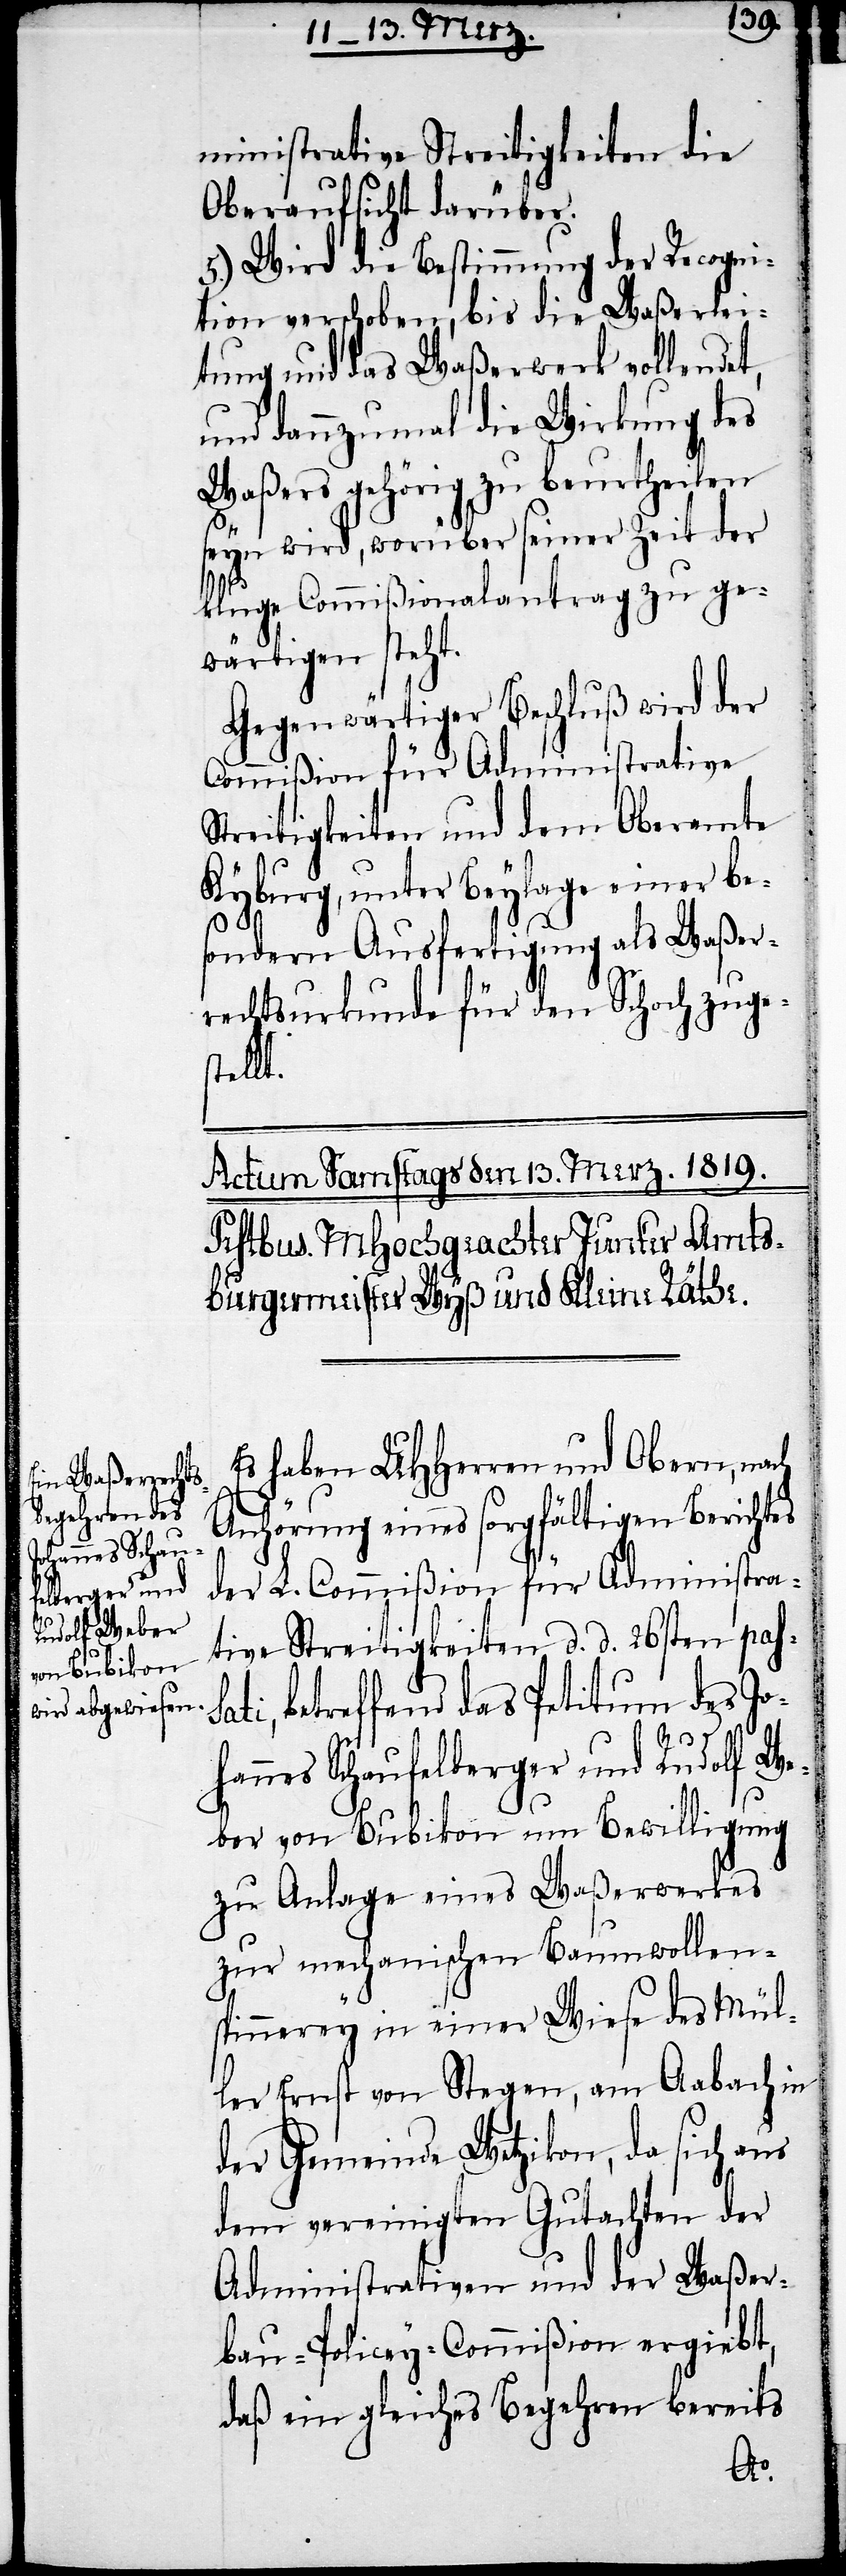
ministrative Streitigkeiten die
Oberaufsicht darüber.
5.) Wird die Bestimmung der Recogni¬
tion verschoben, bis die Waßerlei¬
tung und das Waßerwerk vollendet,
und dannzumal die Wirkung des
Waßers gehörig zu beurtheilen
seyn wird, worüber seiner Zeit der
kluge Commißionalantrag zu ge¬
wärtigen steht.
Gegenwärtiger Beschluß wird der
Commißion für Administrative
Streitigkeiten und dem Oberamte
Kyburg, unter Beylage einer be¬
sondern Ausfertigung als Waßer¬
rechtsurkunde für den Schoch zuge¬
stellt.
Es haben UHHerren und Obern, nach
Anörung eines sorgältigen Berichtes
der L. Commißion für Administra¬
tive Streitigkeiten d. d. 26ten pas¬
ti, betreffend das Petitum des Jo¬
hannes Schaufelberger und Rudolf We¬
ber von Bubikon um Bewilligung
zu Anlage eines Waßerwerkes
zur mechanischen Baumwollen¬
spinnerey in einer Wiese des Mül¬
ler Ernst von Stegen, am Aabach in
der Gemeinde Wetzikon, da sich aus
dem vereinigten Gutachten der
Administrativen und der Waßer¬
bau-Policey-Commißion ergiebt,
daß ein gleiches Begehren bereits
sa¬